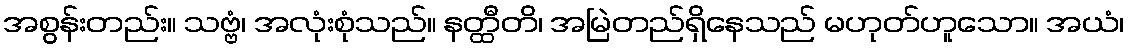
အစွန်းတည်း။ သဗ္ဗံ၊ အလုံးစုံသည်။ နတ္ထီတိ၊ အမြဲတည်ရှိနေသည် မဟုတ်ဟူသော။ အယံ၊